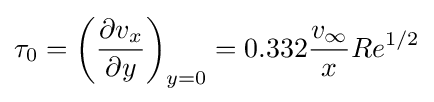
\tau _{0}=\left({\partial v_{x} \over \partial y}\right)_{y=0}=0.332{v_{\infty } \over x}Re^{1/2}